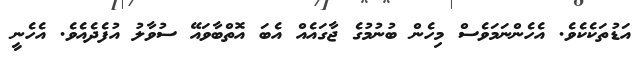
އަޑުތަކެކެވެ. އެހެންނަމަވެސް މިހެން ބުނުމުގެ ޖާގައެއް އެބަ އޮތްބާވައޭ ސުވާލު އުފެދެއެވެ. އެހެނީ